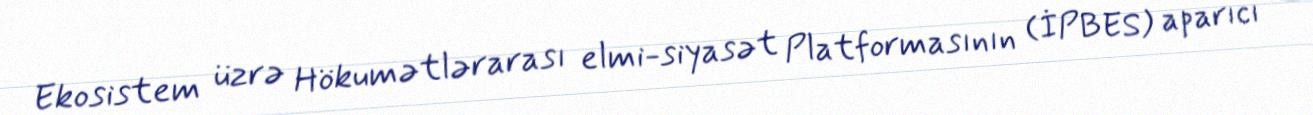
Ekosistem üzrə Hökumətlərarası elmi-siyasət Platformasının (İPBES) aparıcı